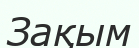
Зақым